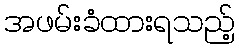
အဖမ်းခံထားရသည့်